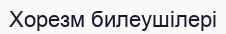
Хорезм билеушілері